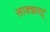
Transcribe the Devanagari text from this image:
साक्झात्